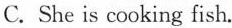
C. She is cooking fish.